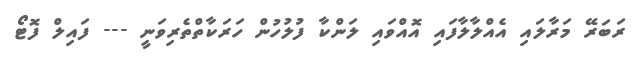
ރަބަރޭ މަރާލައި އެއްލާލާފައި އޮއްވައި ލަންކާ ފުލުހުން ހަރަކާތްތެރިވަނީ --- ފައިލް ފޮޓޯ